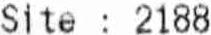
SITE : 2188